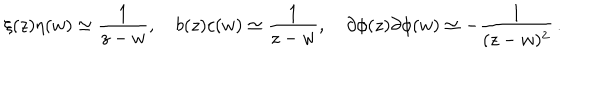
\xi ( z ) \eta ( w ) \simeq { \frac { 1 } { z - w } } , \quad b ( z ) c ( w ) \simeq { \frac { 1 } { z - w } } , \quad \partial \phi ( z ) \partial \phi ( w ) \simeq - { \frac { 1 } { ( z - w ) ^ { 2 } } } \, .